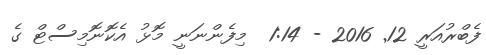
ފެބްރުއަރީ 12